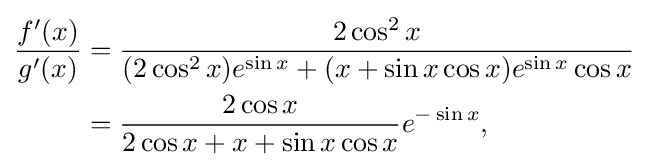
{\begin{aligned}{\frac {f'(x)}{g'(x)}}&={\frac {2\cos ^{2}x}{(2\cos ^{2}x)e^{\sin x}+(x+\sin x\cos x)e^{\sin x}\cos x}}\\&={\frac {2\cos x}{2\cos x+x+\sin x\cos x}}e^{-\sin x},\end{aligned}}